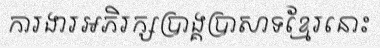
ការងារអភិរក្សប្រាង្គប្រាសាទខ្មែរនោះ